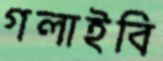
গলাইবি